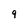
Character: 9